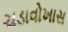
ચડાવોખાસ